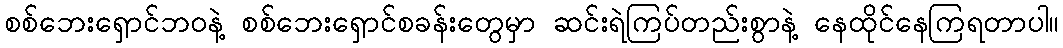
စစ်ဘေးရှောင်ဘဝနဲ့ စစ်ဘေးရှောင်စခန်းတွေမှာ ဆင်းရဲကြပ်တည်းစွာနဲ့ နေထိုင်နေကြရတာပါ။